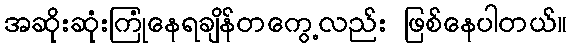
အဆိုးဆုံးကြုံနေရချိန်တကွေ့လည်း ဖြစ်နေပါတယ်။